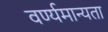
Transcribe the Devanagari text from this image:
वर्ण्यमान्यता